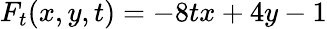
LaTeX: F_{t}(x,y,t)=-8tx+4y-1